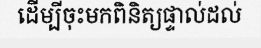
ដើម្បីចុះមកពិនិត្យផ្ទាល់ដល់